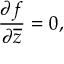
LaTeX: { \frac { \partial f } { \partial { \overline { { z } } } } } = 0 ,